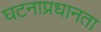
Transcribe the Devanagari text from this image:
घटनाप्रधानता